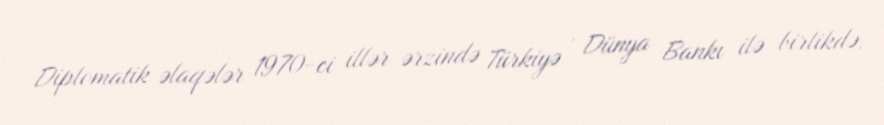
Diplomatik əlaqələr 1970-ci illər ərzində Türkiyə , Dünya Bankı ilə birlikdə,